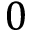
0